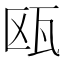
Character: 瓯